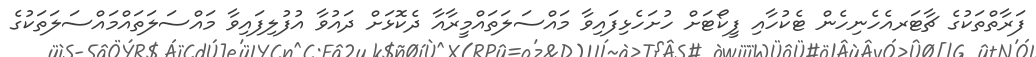
ފަރާތްތަކުގެ ޗާޓަރއެހެނިހެން ޓެކުހާއި ފީކޯޓަށް ހުށަހެޅިފައިވާ މައްސަލަތައްމީރާއާ ދެކޮޅަށް ދައުވާ އުފުލިފައިވާ މައްސަލަތައްމައްސަލަތަކުގެ